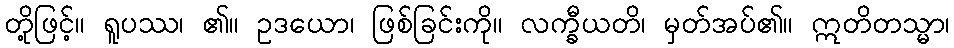
တို့ဖြင့်။ ရူပဿ၊ ၏။ ဥဒယော၊ ဖြစ်ခြင်းကို။ လက္ခီယတိ၊ မှတ်အပ်၏။ ဣတိတသ္မာ၊